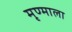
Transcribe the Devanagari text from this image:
मृण्माला